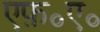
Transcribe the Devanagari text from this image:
एफ़॰ए॰